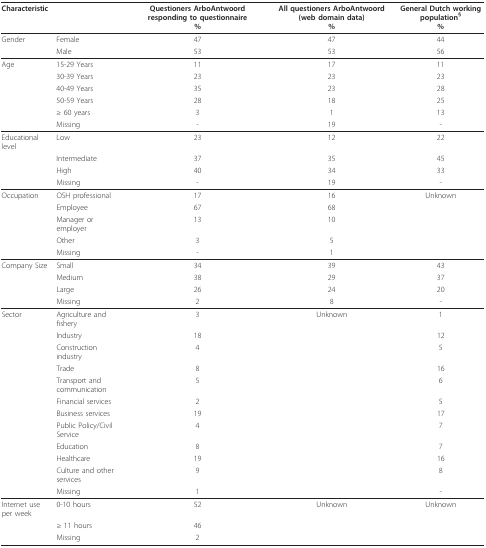
<table><thead><tr><td colspan="2"><b>Characteristic</b></td><td><b>Questioners ArboAntwoord responding to questionnaire%</b></td><td><b>All questioners ArboAntwoord (web domain data)%</b></td><td><b>General Dutch working population<sup>§</sup>%</b></td></tr></thead><tbody><tr><td>Gender</td><td>Female</td><td>47</td><td>47</td><td>44</td></tr><tr><td></td><td>Male</td><td>53</td><td>53</td><td>56</td></tr><tr><td>Age</td><td>15-29 Years</td><td>11</td><td>17</td><td>11</td></tr><tr><td></td><td>30-39 Years</td><td>23</td><td>23</td><td>23</td></tr><tr><td></td><td>40-49 Years</td><td>35</td><td>23</td><td>28</td></tr><tr><td></td><td>50-59 Years</td><td>28</td><td>18</td><td>25</td></tr><tr><td></td><td>≥ 60 years</td><td>3</td><td>1</td><td>13</td></tr><tr><td></td><td>Missing</td><td>-</td><td>19</td><td>-</td></tr><tr><td>Educational level</td><td>Low</td><td>23</td><td>12</td><td>22</td></tr><tr><td></td><td>Intermediate</td><td>37</td><td>35</td><td>45</td></tr><tr><td></td><td>High</td><td>40</td><td>34</td><td>33</td></tr><tr><td></td><td>Missing</td><td>-</td><td>19</td><td>-</td></tr><tr><td>Occupation</td><td>OSH professional</td><td>17</td><td>16</td><td>Unknown</td></tr><tr><td></td><td>Employee</td><td>67</td><td>68</td><td></td></tr><tr><td></td><td>Manager or employer</td><td>13</td><td>10</td><td></td></tr><tr><td></td><td>Other</td><td>3</td><td>5</td><td></td></tr><tr><td></td><td>Missing</td><td>-</td><td>1</td><td></td></tr><tr><td>Company Size</td><td>Small</td><td>34</td><td>39</td><td>43</td></tr><tr><td></td><td>Medium</td><td>38</td><td>29</td><td>37</td></tr><tr><td></td><td>Large</td><td>26</td><td>24</td><td>20</td></tr><tr><td></td><td>Missing</td><td>2</td><td>8</td><td>-</td></tr><tr><td>Sector</td><td>Agriculture and fishery</td><td>3</td><td>Unknown</td><td>1</td></tr><tr><td></td><td>Industry</td><td>18</td><td></td><td>12</td></tr><tr><td></td><td>Construction industry</td><td>4</td><td></td><td>5</td></tr><tr><td></td><td>Trade</td><td>8</td><td></td><td>16</td></tr><tr><td></td><td>Transport and communication</td><td>5</td><td></td><td>6</td></tr><tr><td></td><td>Financial services</td><td>2</td><td></td><td>5</td></tr><tr><td></td><td>Business services</td><td>19</td><td></td><td>17</td></tr><tr><td></td><td>Public Policy/Civil Service</td><td>4</td><td></td><td>7</td></tr><tr><td></td><td>Education</td><td>8</td><td></td><td>7</td></tr><tr><td></td><td>Healthcare</td><td>19</td><td></td><td>16</td></tr><tr><td></td><td>Culture and other services</td><td>9</td><td></td><td>8</td></tr><tr><td></td><td>Missing</td><td>1</td><td></td><td>-</td></tr><tr><td>Internet use per week</td><td>0-10 hours</td><td>52</td><td>Unknown</td><td>Unknown</td></tr><tr><td></td><td>≥ 11 hours</td><td>46</td><td></td><td></td></tr><tr><td></td><td>Missing</td><td>2</td><td></td><td></td></tr></tbody></table>